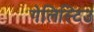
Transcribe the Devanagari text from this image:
गेलिस्टिउ